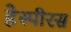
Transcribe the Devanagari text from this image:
हेस्पीरस